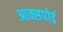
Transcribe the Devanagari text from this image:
आक्सपोर्ड